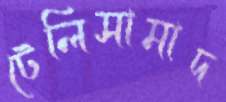
টেলিসামাদ